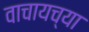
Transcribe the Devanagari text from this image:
वाचायच्या